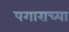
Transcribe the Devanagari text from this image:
पगाराच्या